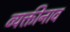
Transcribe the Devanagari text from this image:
व्यक्तीनाव